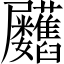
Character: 𦧃